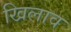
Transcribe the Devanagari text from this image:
खिलाव